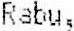
RABU,